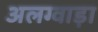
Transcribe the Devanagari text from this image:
अलग्वाड़ा